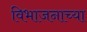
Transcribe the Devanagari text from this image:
विभाजनाच्या